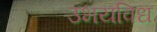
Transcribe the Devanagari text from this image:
उभयविध